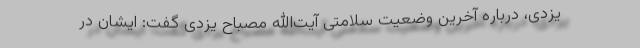
یزدی، درباره آخرین وضعیت سلامتی آیت‌الله مصباح یزدی گفت: ایشان در